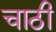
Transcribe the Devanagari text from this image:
चाठी